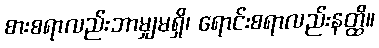
စားစရာလည်းဘာမျှမရှိ၊ ရောင်းစရာလည်းနတ္ထိ။